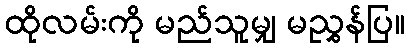
ထိုလမ်းကို မည်သူမျှ မညွှန်ပြ။